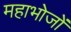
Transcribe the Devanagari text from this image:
महाभोजों